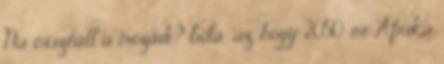
Na összeáll a mozaik? bda: az, hogy 2050-re Afrika